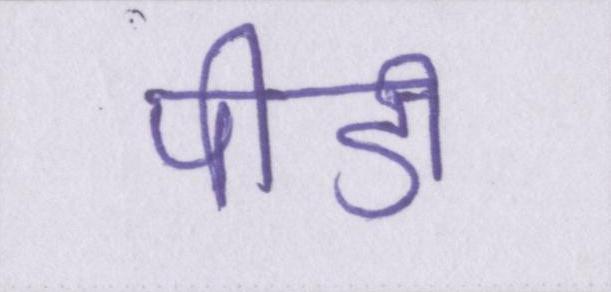
पीडी